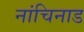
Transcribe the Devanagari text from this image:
नांचिनाड